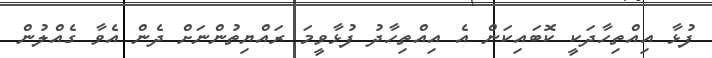
ފުޅާ އިއްތިހާދަކީ ކޮބައިކަން އެ އިއްތިހާދު ފުޅާވީމަ ރައްޔިތުންނަށް ދެން އެވާ ގެއްލުން